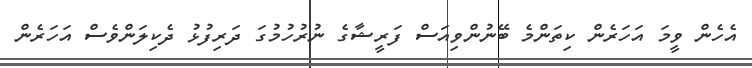
އެހެން ވީމަ އަހަރެން ކިތަންމެ ބޭނުންވިއަސް ފަރީޝާގެ ނުރުހުމުގަ ދަރިފުޅު ދެކިލަންވެސް އަހަރެން